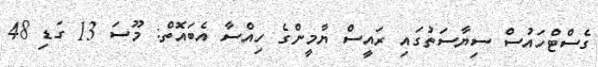
ގެސްޓްހައުސް ސިޔާސަތުގައި ރައީސް ޔާމީންގެ ހިއްސާ އެބައޮތް: މޫސަ 13 ގަޑި 48